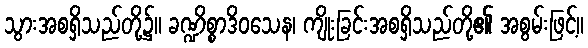
သွားအစရှိသည်တို့၌။ ခဏ္ဍိစ္စာဒိဝသေန၊ ကျိုးခြင်းအစရှိသည်တို့၏ အစွမ်းဖြင့်။